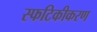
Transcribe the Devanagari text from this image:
स्फटिकीकरण